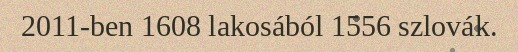
2011-ben 1608 lakosából 1556 szlovák.